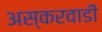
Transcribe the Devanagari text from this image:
अस्करवाडी